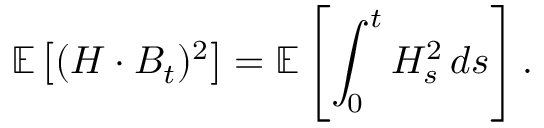
\mathbb { E } \left[ ( H \cdot B _ { t } ) ^ { 2 } \right] = \mathbb { E } \left[ \int _ { 0 } ^ { t } H _ { s } ^ { 2 } \, d s \right] .